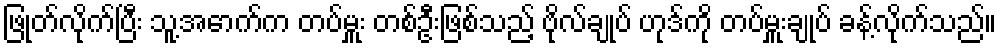
ဖြုတ်လိုက်ပြီး သူ့အောက်က တပ်မှူး တစ်ဦးဖြစ်သည့် ဗိုလ်ချုပ် ဟုဒ်ကို တပ်မှူးချုပ် ခန့်လိုက်သည်။